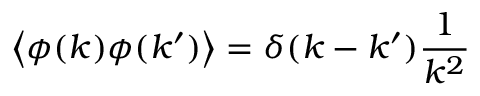
\left\langle \phi ( k ) \phi ( k ^ { \prime } ) \right\rangle = \delta ( k - k ^ { \prime } ) { \frac { 1 } { k ^ { 2 } } }